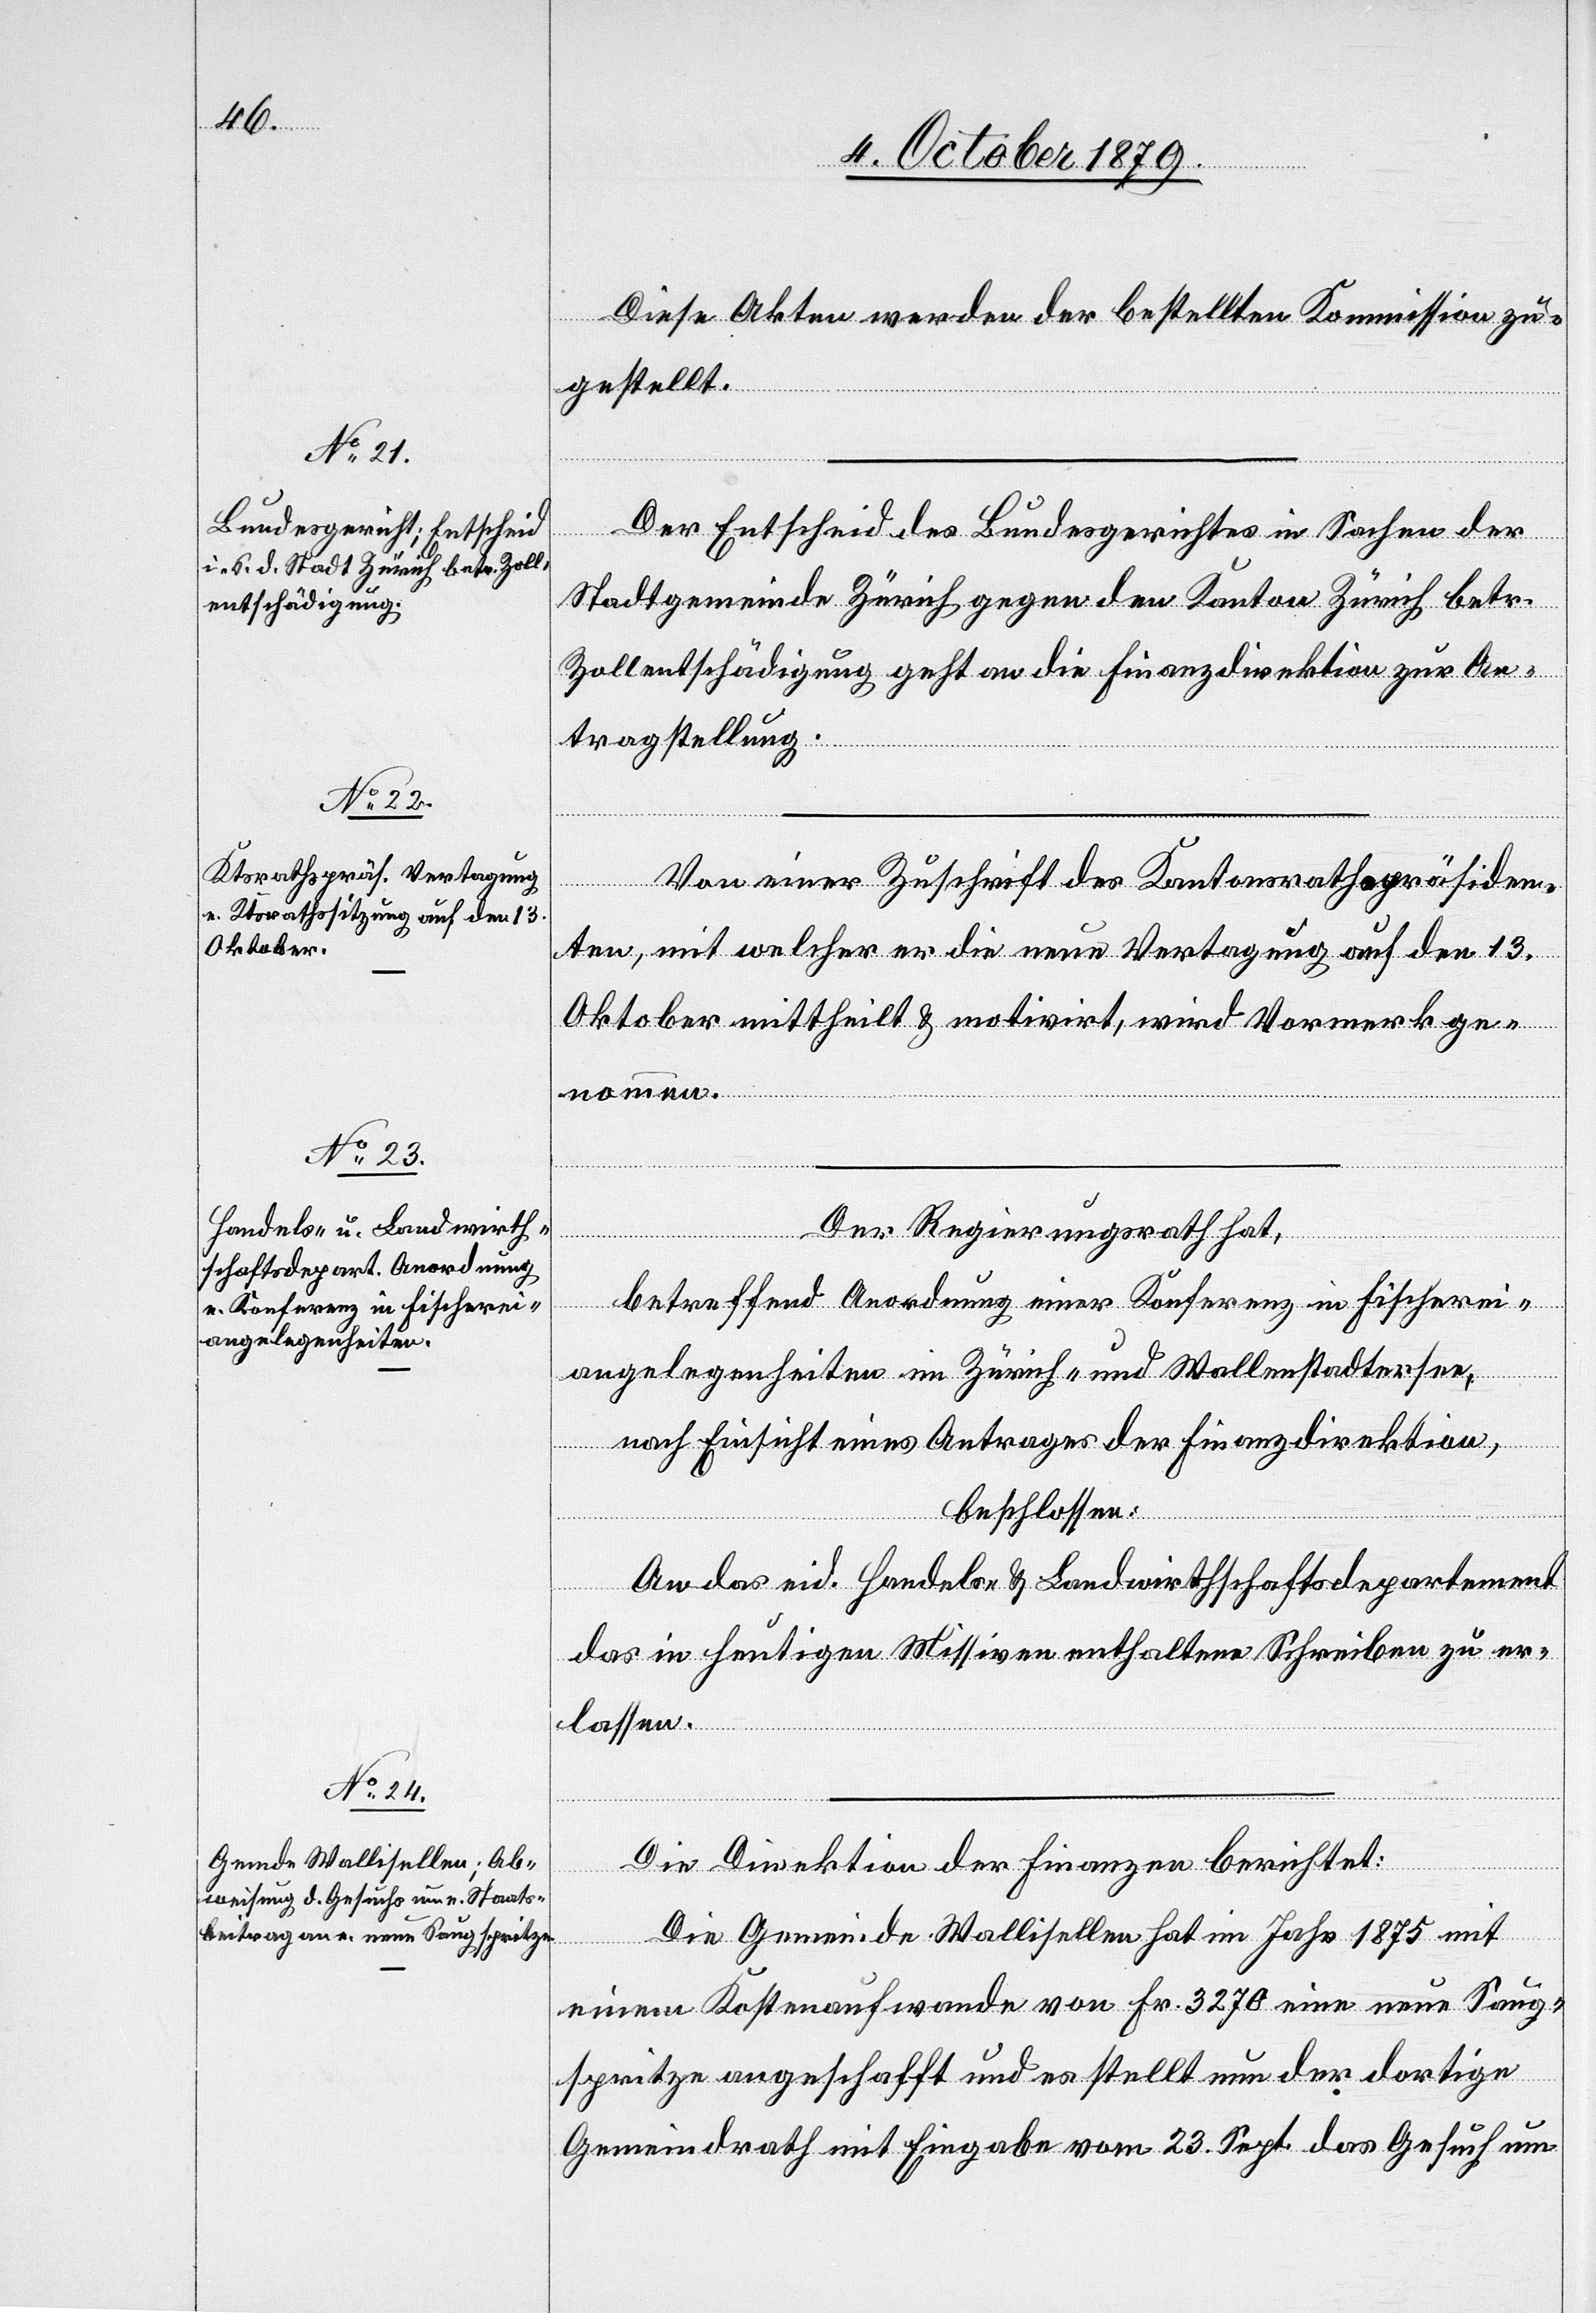
Diese Akten werden der bestellten Kommission zu¬
gestellt.
Der Entscheid des Bundesgerichtes in Sachen der
Stadtgemeinde Zürich gegen den Kanton Zürich betr.
Zollentschädigung geht an die Finanzdirektion zur An¬
tragstellung.
Von einer Zuschrift des Kantonsrathspräsiden¬
ten, mit welcher er die neue Vertagung auf den 13.
Oktober mittheilt & motivirt, wird Vormerk ge¬
nommen.
Der Regierungsrath hat,
betreffend Anordnung einer Konferenz in Fischerei¬
angelegenheiten im Zürich- und Wallenstadtersee
nach Einsicht eines Antrages der Finanzdirektion
beschlossen:
An das eid. Handels- & Landwirthschaftsdepartement
das in heutigen Missiven enthaltene Schreiben zu er¬
lassen.
Die Direktion der Finanzen berichtet:
Die Gemeinde Wallisellen hat im Jahr 1875 mit
einem Kostenaufwande von Fr. 3270 eine neue Saug¬
spritze angeschafft und es stellt nun der dortige
Gemeindrath mit Eingabe vom 23. Sept. das Gesuch um